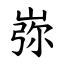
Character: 㟜